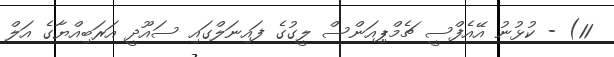
11) - ކުޅުނު އޭއެފްސީ ޗެމްޕިއަންސް ލީގުގެ ފައިނަލްގައި ސައޫދީ އަރަބިއްޔާގެ އަލް